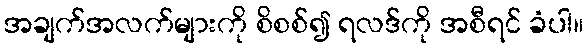
အချက်အလက်များကို စိစစ်၍ ရလဒ်ကို အစီရင် ခံပါ။